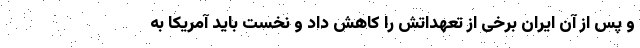
و پس از آن ایران برخی از تعهداتش را کاهش داد و نخست باید آمریکا به